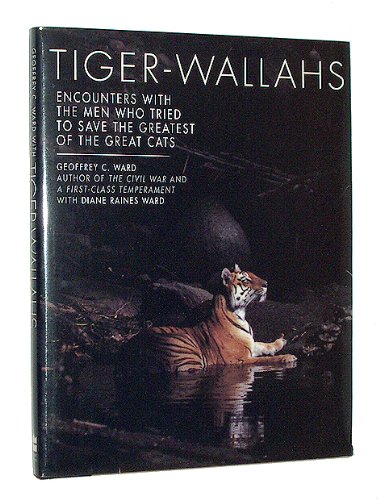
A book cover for Tiger-Wallahs: Encounters With the Men Who Tried to Save the Greatest of the Great Cats; Geoffrey C. Ward; Sports & Outdoors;